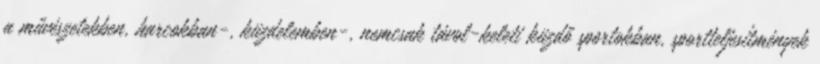
a művészetekben, harcokban-, küzdelemben-, nemcsak távol-keleti küzdő sportokban, sportteljesítmények